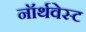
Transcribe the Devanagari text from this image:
नॉर्थवेस्‍ट